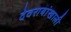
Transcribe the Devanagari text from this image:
देवरायांखाली